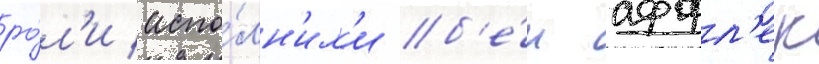
ро́л'и испо́лн'ил'и б'е́н аффл'ек